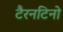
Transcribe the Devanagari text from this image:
टैरनटिनो